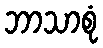
ဘာသာစုံ